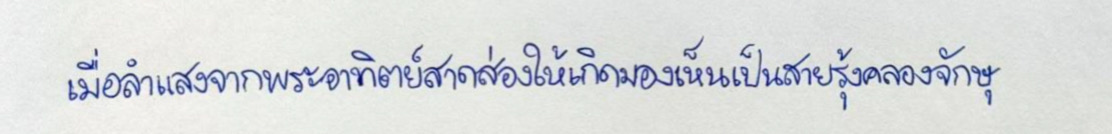
เมื่อลำแสงจากพระอาทิตย์สาดส่องให้เกิดมองเห็นเป็นสายรุ้งคลองจักษุ